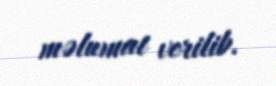
məlumat verilib.